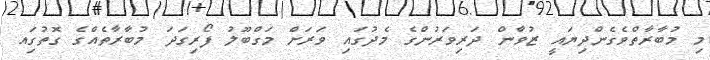
މި މުބާރާތްވެގެންދިޔައީ ޒުވާން ދަރިވަރުންގެ މެދުގައި ވަރަށް މަގްބޫލު ފޯރިގަދަ މުބާރާތެއްގެ ގޮތުގަިއ